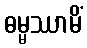
ဓမ္မဿာမိံ